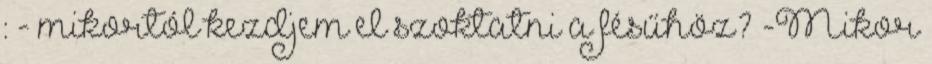
: - mikortól kezdjem el szoktatni a fésűhöz? -Mikor